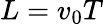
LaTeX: L=v_{0}T